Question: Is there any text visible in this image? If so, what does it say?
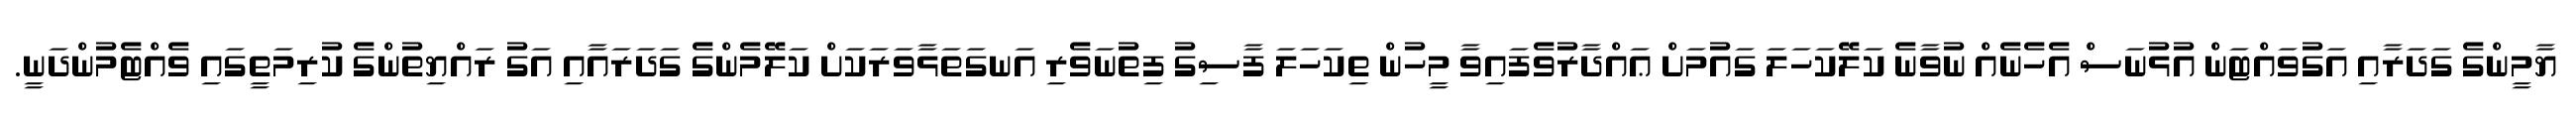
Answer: ޔާމީންގެ ގަދަރާއި އަގުވައްޓަން އުޅުނަސް އެހެނެއް ނުވާނެ ކަލޭކަހަލަ ގައުމަށް ޢައްދާރުވެފައިވާ މީހުން ތިކަހަލަ ފާސިގު ފިތުނަވެރި އަނގަތަޅާވަރަކަށް ކަލޭމެންގެ ގަދަރައާއި އަގު ރައްޔިތުންގެ ކުރިމަތީގައި ވެއްޓެމުންދަނީ.